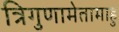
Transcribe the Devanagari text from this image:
त्रिगुणामेतामाहु